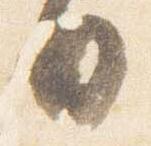
日